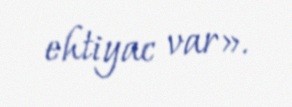
ehtiyac var».